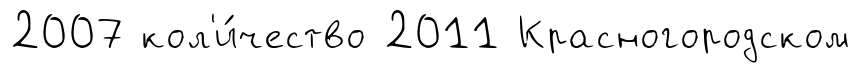
2007 кол'и́чество 2011 Красногородском